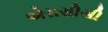
એસસીસી